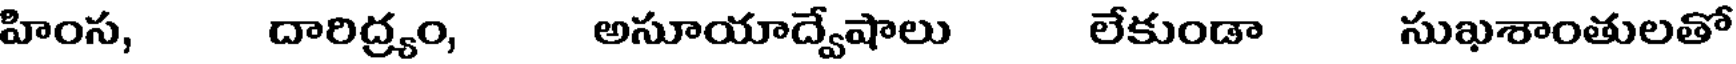
హింస, దారిద్ర్యం, అసూయాద్వేషాలు లేకుండా సుఖశాంతులతో